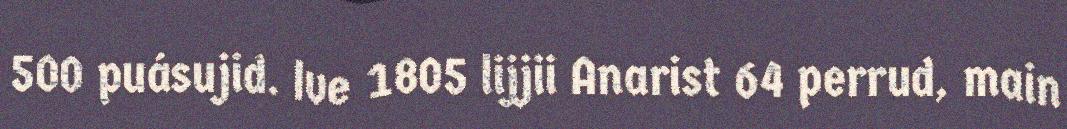
500 puásujid. Ive 1805 lijjii Anarist 64 perrud, main